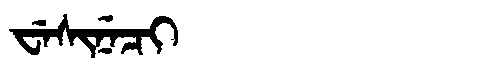
Manchu: ᠸᡝᠰᡳᠨᡝᠴᡳ
Romanization: WESINECI